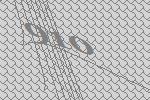
910